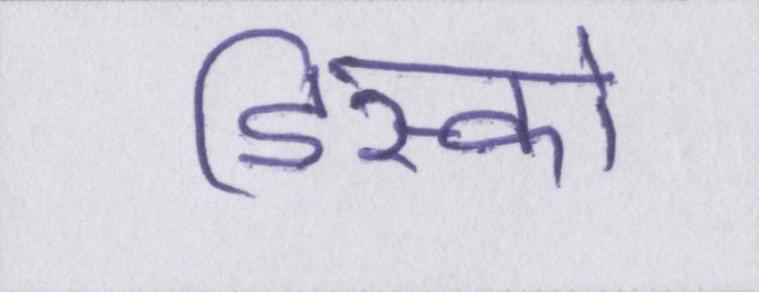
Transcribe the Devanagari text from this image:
डिस्को